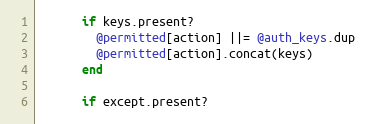
Language: Ruby
      if keys.present?
        @permitted[action] ||= @auth_keys.dup
        @permitted[action].concat(keys)
      end

      if except.present?